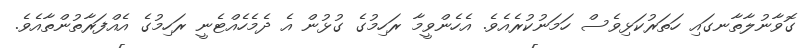
ގޮވާނުލާތާނގައި ހަތަރުކަޅިވެސް ހަމަނުކުރެއެވެ. އެހެންވީމާ ރަހިމުގެ ގުޅުން އެ ދެމެހެއްޓެނީ ރަހިމުގެ އެއްފަރާތުންތާއެވެ.